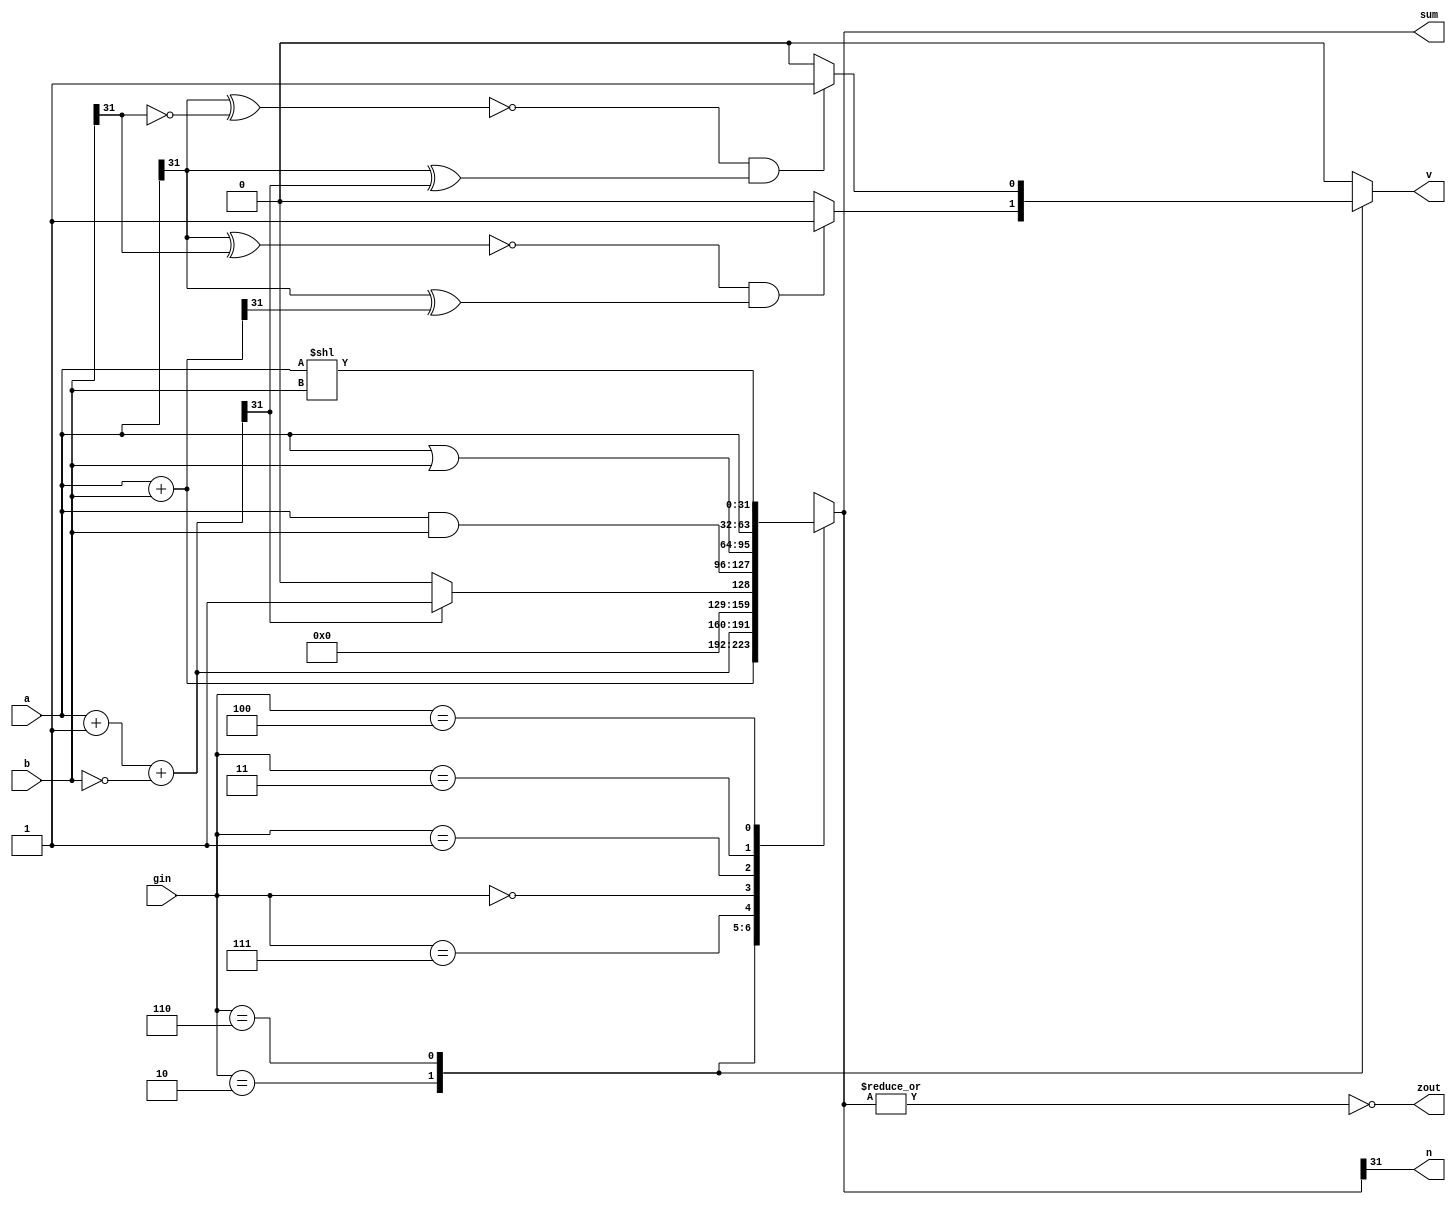
module alu32(sum,n,v,a,b,zout,gin);//ALU operation according to the ALU control line values
output [31:0] sum;
input [31:0] a,b; 
input [2:0] gin;//ALU control line
reg [31:0] sum;
reg [31:0] less;
output zout, n, v;
reg zout, n, v;

always @(a or b or gin)
begin
	v=0;
	case(gin)
	3'b010:begin sum=a+b; 		//ALU control line=010, ADD
			if(~(a[31]^b[31])&(a[31]^sum[31])) v=1;
		  end
	3'b110: begin sum=a+1+(~b);	//ALU control line=110, SUB
			if(~(a[31]^(~(b[31])))&(a[31]^sum[31])) v=1;
			end
	3'b111: begin less=a+1+(~b);	//ALU control line=111, set on less than
			if (less[31]) sum=1;	
			else sum=0;
		  end
	3'b000: sum=a & b;	//ALU control line=000, AND
	3'b001: sum=a|b;		//ALU control line=001, OR
	3'b011: sum=a;		//ALU control line=011, register1 
	3'b100: sum=a<<b;		//ALU control line=100, shift 
	default: sum=31'bx;	
	endcase
zout=~(|sum);
n=sum[31];
end
endmodule


//TODO: make sure that the z register shows the correct value which is the zout of the previous instruction